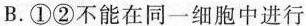
B.①②不能在同一细胞中进行